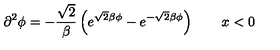
\partial ^ { 2 } \phi = - \frac { \sqrt { 2 } } { \beta } \left( e ^ { \sqrt { 2 } \beta \phi } - e ^ { - \sqrt { 2 } \beta \phi } \right) \qquad x < 0